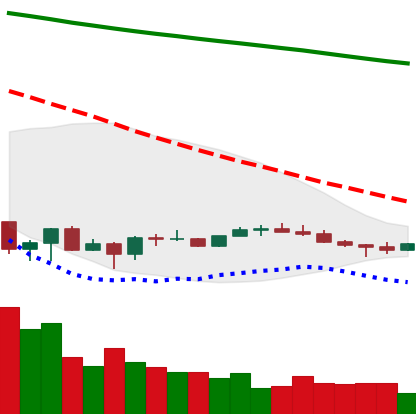
Ticker: EOS-USD
Chart end date: 2022-07-02
Forward return: 9.954%
Label: up_7plus